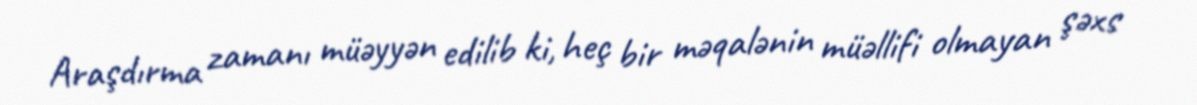
Araşdırma zamanı müəyyən edilib ki, heç bir məqalənin müəllifi olmayan şəxs